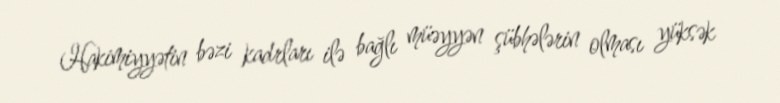
Hakimiyyətin bəzi kadrları ilə bağlı müəyyən şübhələrin olması yüksək